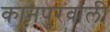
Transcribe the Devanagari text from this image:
कानपुरवाली